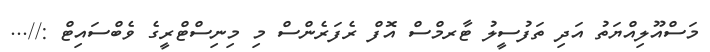
މަސްއޫލިއްޔަތު އަދި ތަފުސީލު ޓާރމްސް އޮފް ރެފަރެންސް މި މިނިސްޓްރީގެ ވެބްސައިޓް ://...